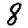
Digit: 8